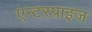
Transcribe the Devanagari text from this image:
एन्टरप्राइज